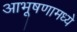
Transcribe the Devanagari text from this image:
आभूषणामध्ये